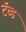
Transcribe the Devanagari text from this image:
टॅब्ड